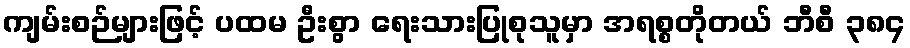
ကျမ်းစဉ်များဖြင့် ပထမ ဦးစွာ ရေးသားပြုစုသူမှာ အရစ္စတိုတယ် ဘီစီ ၃၈၄